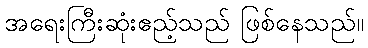
အရေးကြီးဆုံးဧည့်သည် ဖြစ်နေသည်။